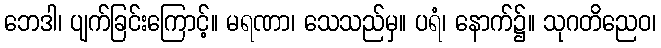
ဘေဒါ၊ ပျက်ခြင်းကြောင့်။ မရဏာ၊ သေသည်မှ။ ပရံ၊ နောက်၌။ သုဂတိညေဝ၊